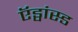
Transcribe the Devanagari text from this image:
ऍड्वांस्ड